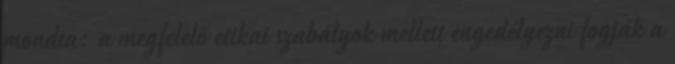
mondta: a megfelelő etikai szabályok mellett engedélyezni fogják a